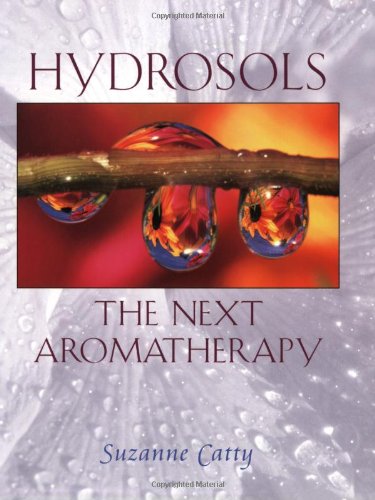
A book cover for Hydrosols: The Next Aromatherapy; Suzanne Catty; Health, Fitness & Dieting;